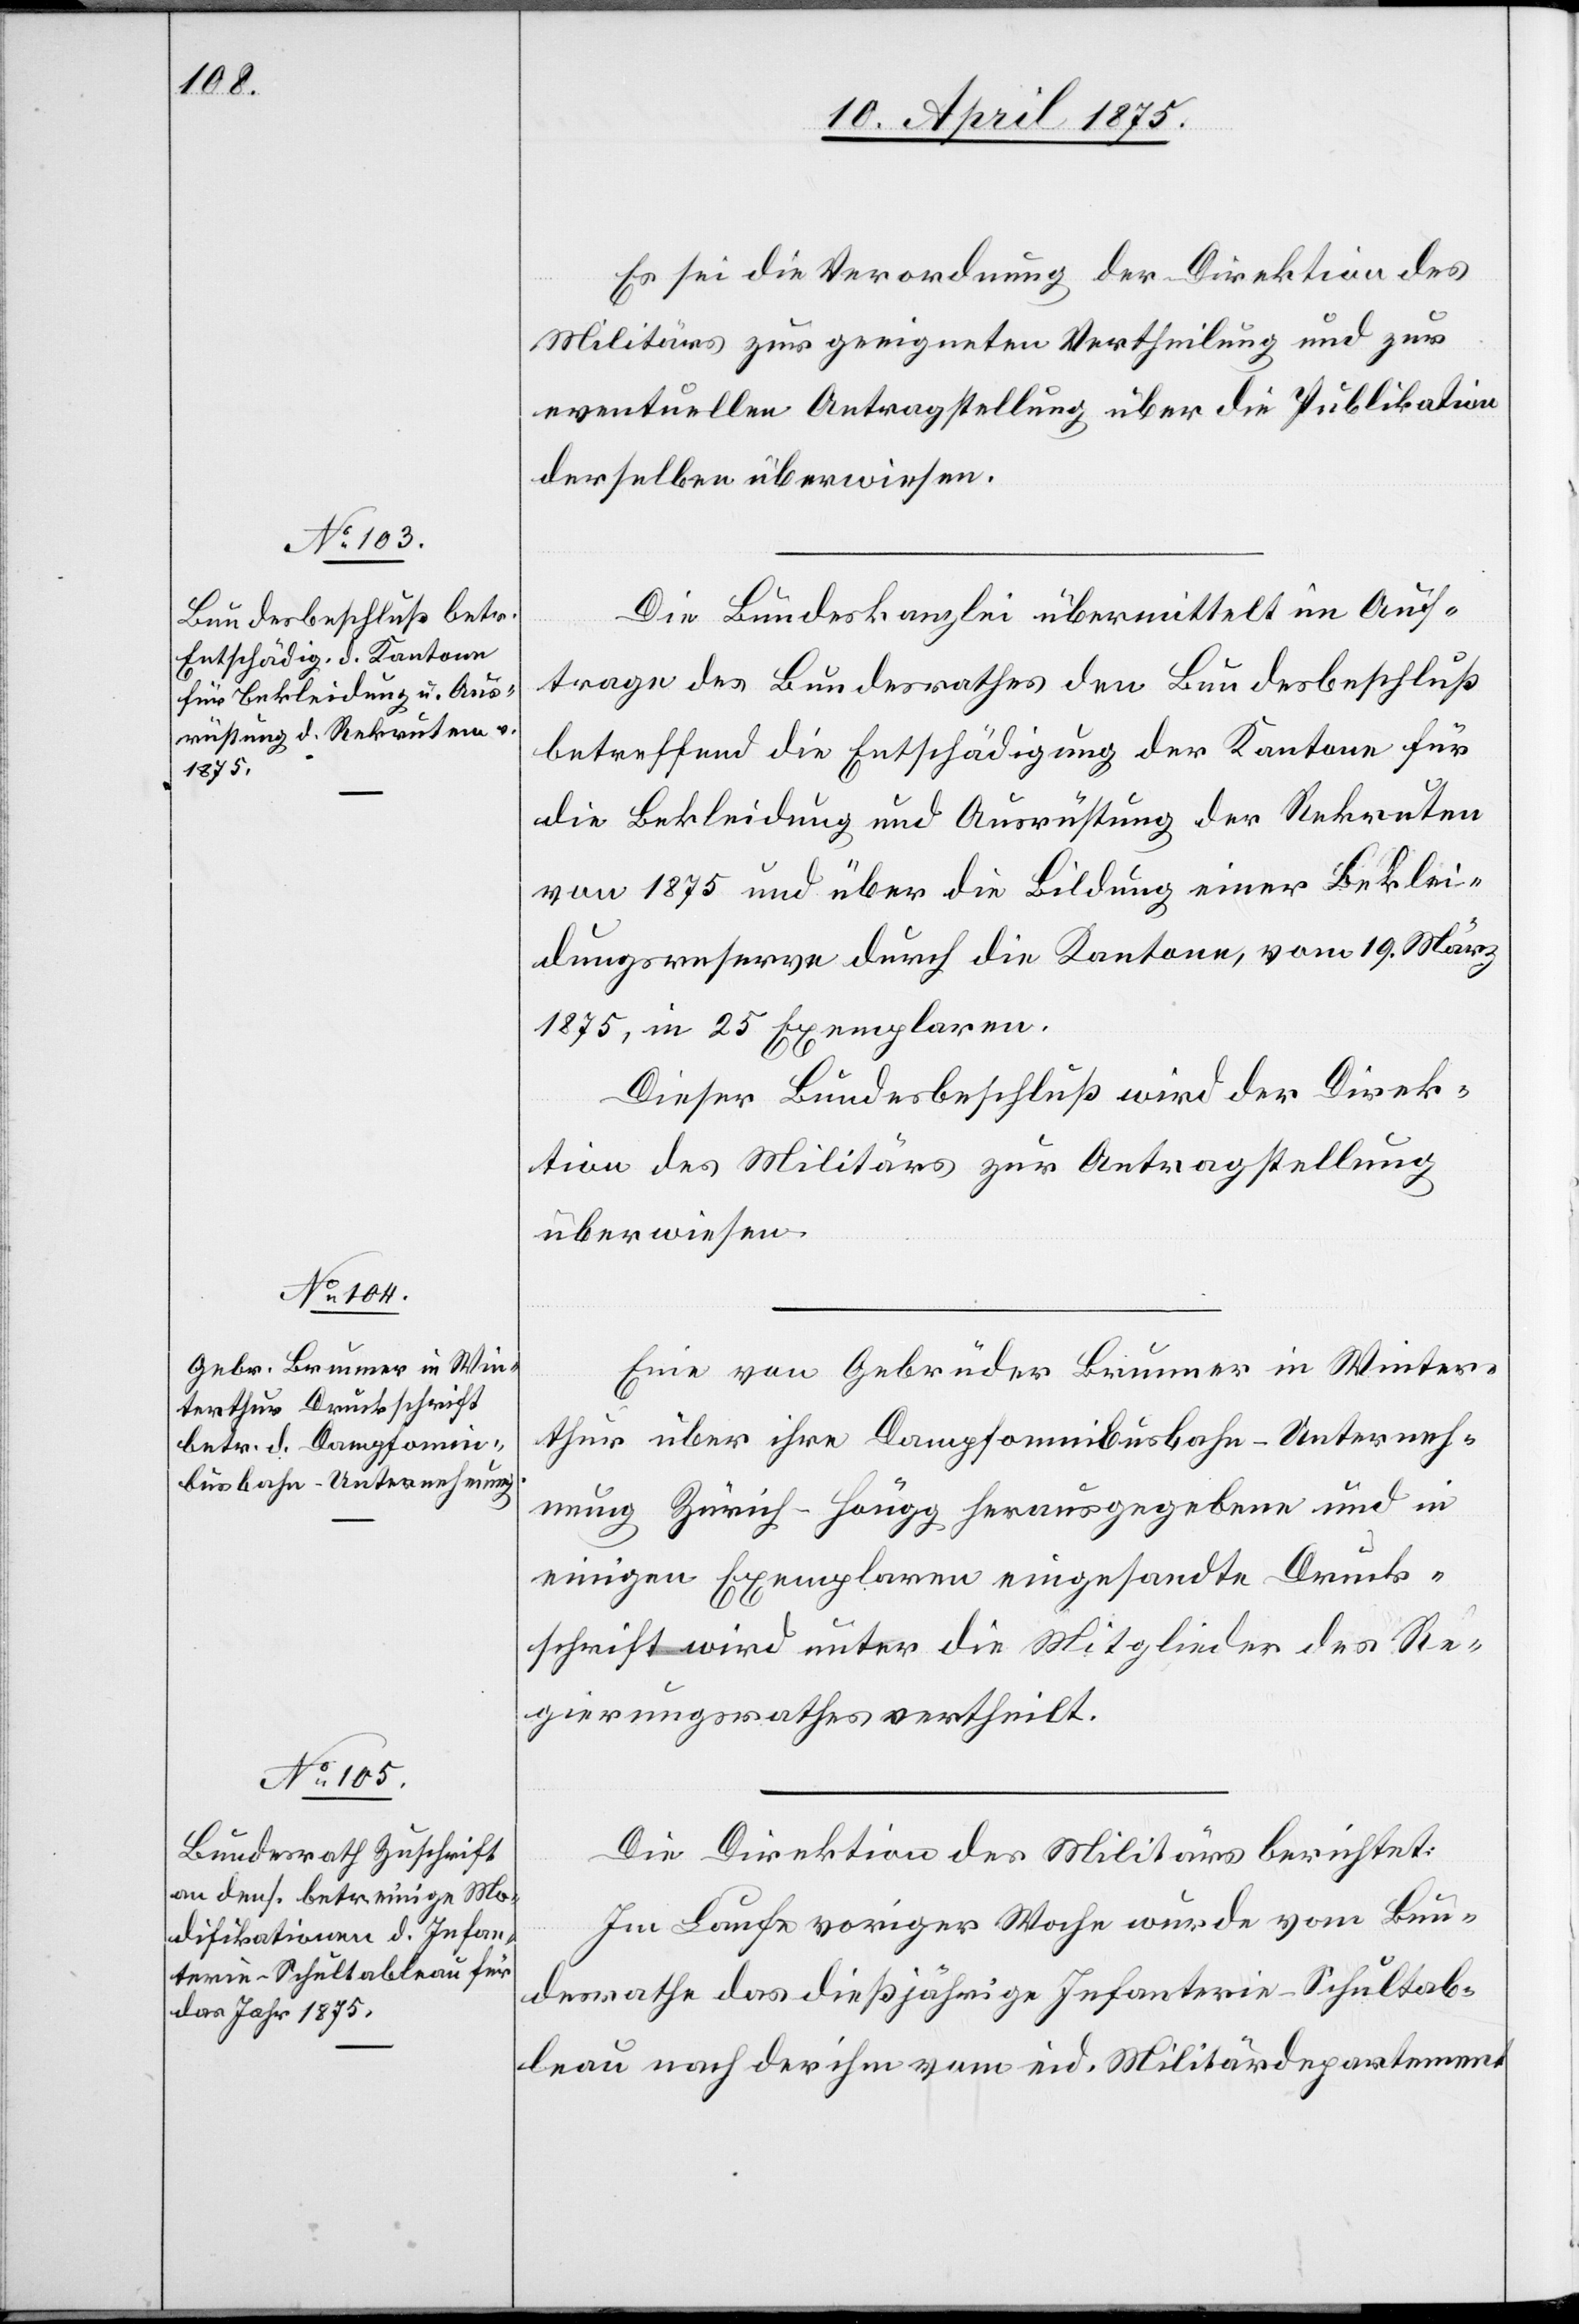
Es sei die Verordnung der Direktion des
Militärs zu geeigneten Vertheilung und zur
eventuellen Antragstellung über die Publikation
derselben überwiesen.
Die Bundeskanzlei übermittelt im Auf¬
trage des Bundesrathes den Bundesbeschluß
betreffend die Entschädigung der Kantone für
die Bekleidung und Ausrüstung der Rekruten
von 1875 und über die Bildung einer Beklei¬
dungsreserve durch die Kantone, vom 19. März
1875, in 25 Exemplaren.
Dieser Bundesbeschluß wird der Direk¬
tion des Militärs zur Antragstellung
überwiesen.
Eine von Gebrüder Brunner in Winter¬
thur über ihre Dampfomnibusbahn-Unterneh¬
mung Zürich–Höngg herausgegebene und in
einigen Exemplaren eingesandte Druck¬
schrift wird unter die Mitglieder des Re¬
gierungsrathes ertheilt.
Die Direktion des Militärs berichtet:
Im Laufe voriger Woche wurde vom Bun¬
desrathe das dießjährige Infanterie-Schultab¬
leau nach der ihm vom eid. Militärdepartement